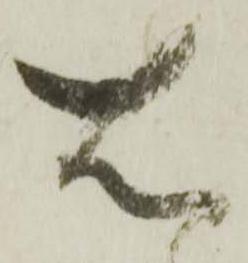
右